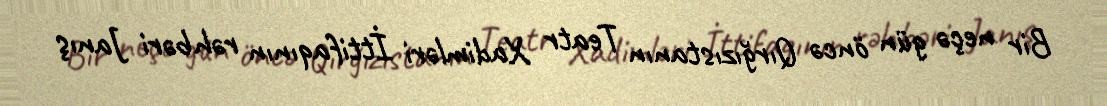
Bir neçə gün öncə Qırğızıstanın Teatr Xadimləri İttifaqının rəhbəri Janış